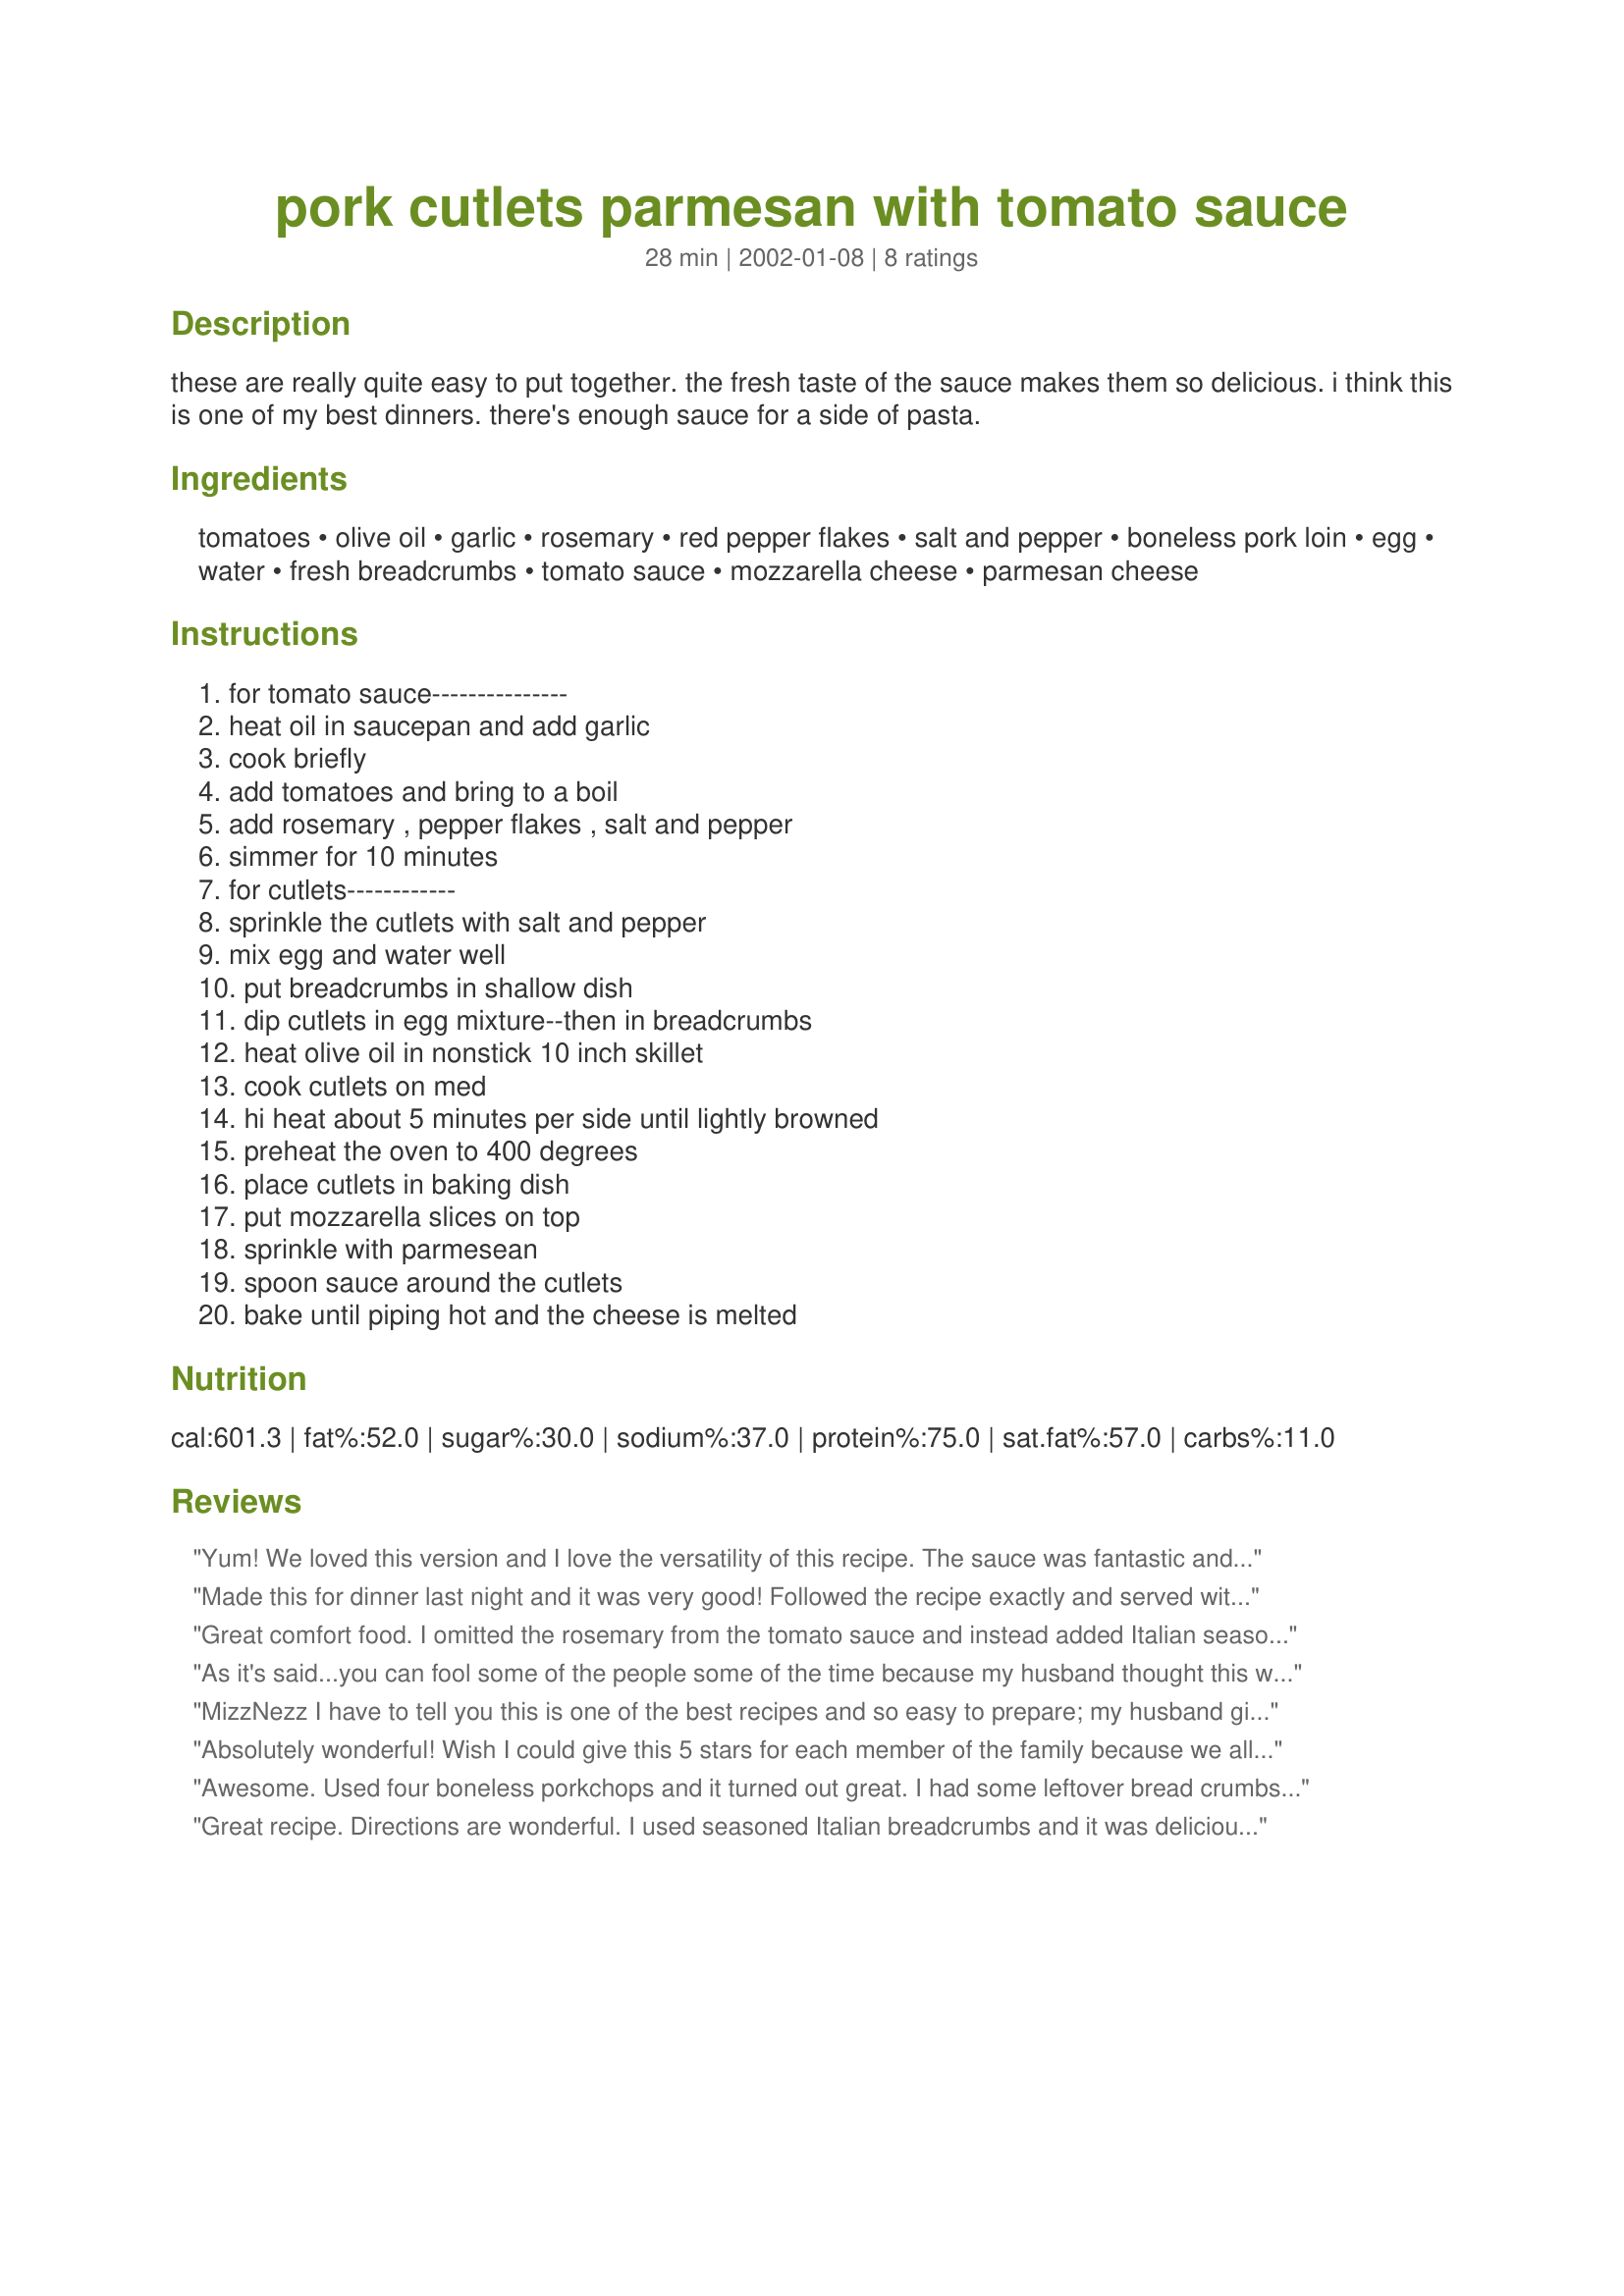
pork cutlets parmesan with tomato sauce
Preparation time: 28 minutes

these are really quite easy to put together. the fresh taste of the sauce makes them so delicious. i think this is one of my best dinners. there's enough sauce for a side of pasta.

Ingredients:
tomatoes, olive oil, garlic, rosemary, red pepper flakes, salt and pepper, boneless pork loin, egg, water, fresh breadcrumbs, tomato sauce, mozzarella cheese, parmesan cheese

Steps:
for tomato sauce---------------, heat oil in saucepan and add garlic, cook briefly, add tomatoes and bring to a boil, add rosemary , pepper flakes , salt and pepper, simmer for 10 minutes, for cutlets------------, sprinkle the cutlets with salt and pepper, mix egg and water well, put breadcrumbs in shallow dish, dip cutlets in egg mixture--then in breadcrumbs, heat olive oil in nonstick 10 inch skillet, cook cutlets on med, hi heat about 5 minutes per side until lightly browned, preheat the oven to 400 degrees, place cutlets in baking dish, put mozzarella slices on top, sprinkle with parmesean, spoon sauce around the cutlets, bake until piping hot and the cheese is melted

Reviews:
Yum! We loved this version and I love the versatility of this recipe. The sauce was fantastic and easily made ahead. I substituted some fresh basil I had on hand for some the the rosemary and decreased the oil a bit. I used some whole grain bread and rye bread which was great for the crumbs. Proportions and cook times are perfect. I'll definitely be making this recipe again. Thank you!
Made this for dinner last night and it was very good! Followed the recipe exactly and served with a side of spaghetti. The sauce was very good on it's own. Thanks for sharing.
Great comfort food. I omitted the rosemary from the tomato sauce and instead added Italian seasoning, red wine, and just a bit of sugar. I also used roasted garlic (and skipped the sauté in olive oil). I used 1/2 plain bread crumbs and 1/2 Italian seasoned bread crumbs and added a little grated Parmesan to the mix for breading. This was a simple, but flavorful meal served with a side of rigatoni and a spinach salad. Thanks for posting.
As it's said...you can fool some of the people some of the time because my husband thought this was veal! I slathered the sauce at the bottom of my baking pan placing the breaded cutlets on top so as to keep my crumbs crisp. I, also, had no mozzarella so I topped it off with cheddar. Move over Paula D.
MizzNezz I have to tell you this is one of the best recipes and so easy to prepare; my husband gives you 10 stars.Thank you for sharing; we loved it; I served with linguini; Devine!
Absolutely wonderful! Wish I could give this 5 stars for each member of the family because we all loved it! I used a pork tenderloin that I had in the freezer - cut it into 6 pieces and flattened it a bit. Also used tomato puree in place of the crushed tomatoes. The rosemary in the sauce really complimented the pork and it really reminded me of Veal Parmesan. I also used fresh mozzarella to top the pork. Every bit was eaten. We had fettucini on the side, and that was finished off too,along with that fabulous sauce. As you can tell, I will be making this again....and again.
Thanks!
Awesome. Used four boneless porkchops and it turned out great. I had some leftover bread crumbs from another recipe and used two egg whites (also leftover) and a little milk to dip them in first. Served it with Italian Rice and snow peas. Delicious.
Great recipe. Directions are wonderful. I used seasoned Italian breadcrumbs and it was delicious. I recommend this recipe.
